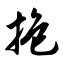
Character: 抱